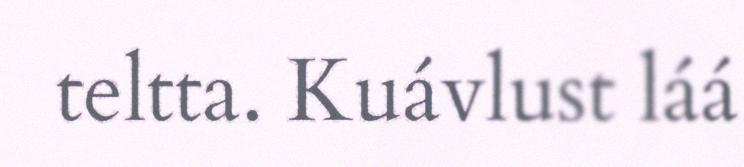
teltta. Kuávlust láá